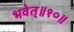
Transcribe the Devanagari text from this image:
भवेत्‌॥१०॥